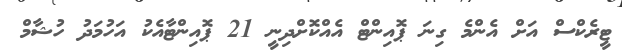
ޓީރެކްސް އަށް އެންމެ ގިނަ ޕޮއިންޓް އެއްކޮށްދިނީ 21 ޕޮއިންޓާއެކު އަހުމަދު ހުޝާމް